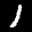
Label: 1